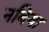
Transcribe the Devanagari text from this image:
नबिया